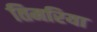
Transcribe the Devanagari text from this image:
तिमरिया